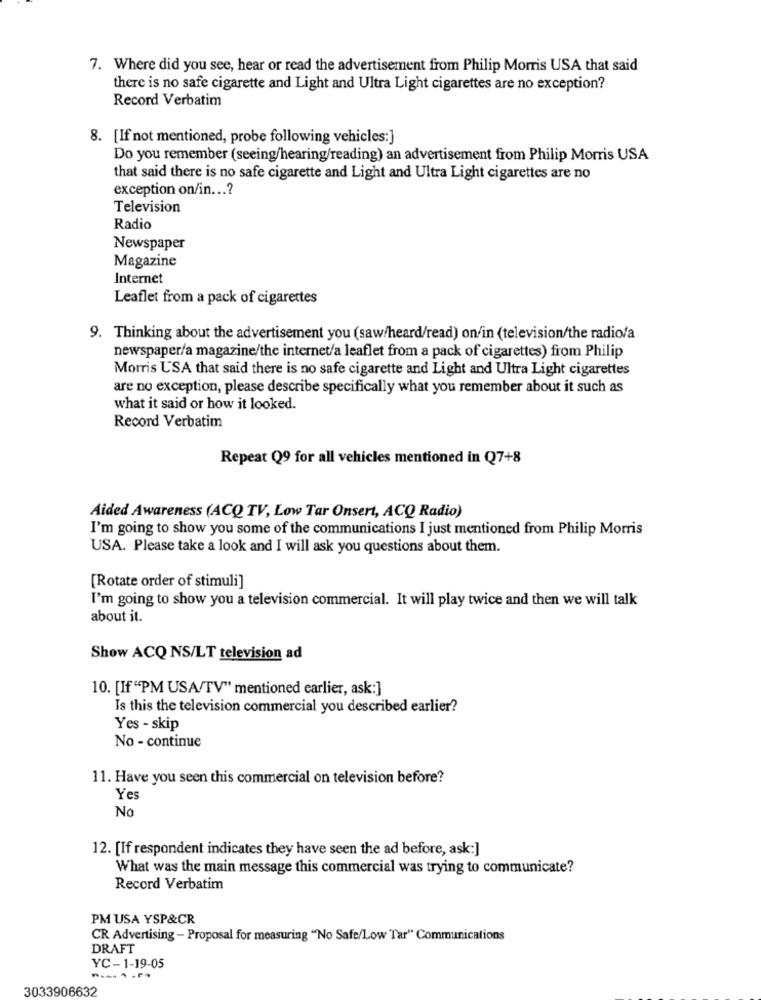
7. Where did you see, hear or read the advertisement from Philip Morris USA that said
there is no safe cigarette and Light and Ultra Light cigarettes are no exception?
Record Verbatim
8. [If not mentioned, probe following vehicles:]
Do you remember (seeing/hearing/reading) an advertisement from Philip Morris USA
that said there is no safe cigarette and Light and Ultra Light cigarettes are no
exception on/in ...?
Television
Radio
Newspaper
Magazine
Internet
Leaflet from a pack of cigarettes
9. Thinking about the advertisement you (saw/heard/read) on'in (television/the radio/a
newspaper/a magazine/the internet/a leaflet from a pack of cigarettes) from Philip
Morris USA that said there is no safe cigarette and Light and Ultra Light cigarettes
are no exception, please describe specifically what you remember about it such as
what it said or how it looked.
Record Verbatim
Repeat Q9 for all vehicles mentioned in Q27+8
Aided Awareness (ACQ TV, Low Tar Onsert, ACQ Radio)
I'm going to show you some of the communications I just mentioned from Philip Morris
USA. Please take a look and I will ask you questions about them.
[Rotate order of stimuli]
I'm going to show you a television commercial. It will play twice and then we will talk
about it.
Show ACQ NS/LT television ad
10. [If "PM USA/TV" mentioned earlier, ask:]
Is this the television commercial you described earlier?
Yes - skip
No - continue
11. Have you seen this commercial on television before?
Yes
No
12. [If respondent indicates they have seen the ad before, ask:]
What was the main message this commercial was trying to communicate?
Record Verbatim
PM USA YSP&CR
CR Advertising - Proposal for measuring "No Safe/Low Tar" Communications
DRAFT
YC-1-19-05
3033906632